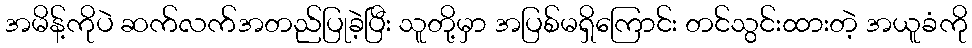
အမိန့်ကိုပဲ ဆက်လက်အတည်ပြုခဲ့ပြီး သူတို့မှာ အပြစ်မရှိကြောင်း တင်သွင်းထားတဲ့ အယူခံကို